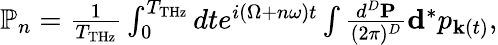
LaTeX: \begin{array}{r}{\mathbb{P}_{n}=\frac{1}{T_{\mathrm{THz}}}\int_{0}^{T_{\mathrm{THz}}}dte^{i(\Omega+n\omega)t}\int\frac{d^{D}{\mathbf P}}{(2\pi)^{D}}{\mathbf d}^{*}p_{{\mathbf k}(t)},}\end{array}